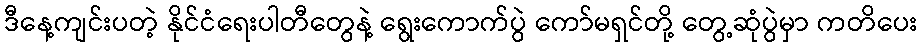
ဒီနေ့ကျင်းပတဲ့ နိုင်ငံရေးပါတီတွေနဲ့ ရွေးကောက်ပွဲ ကော်မရှင်တို့ တွေ့ဆုံပွဲမှာ ကတိပေး